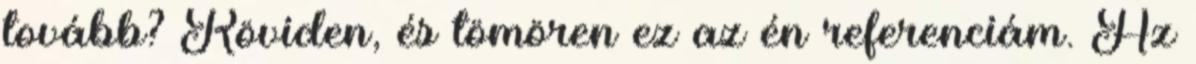
tovább? Röviden, és tömören ez az én referenciám. Az